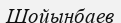
Шойынбаев